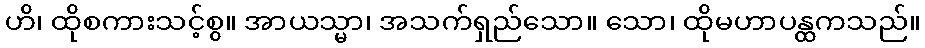
ဟိ၊ ထိုစကားသင့်စွ။ အာယသ္မာ၊ အသက်ရှည်သော။ သော၊ ထိုမဟာပန္ထကသည်။